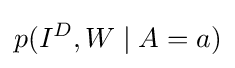
p(I^{D},W\mid A=a)